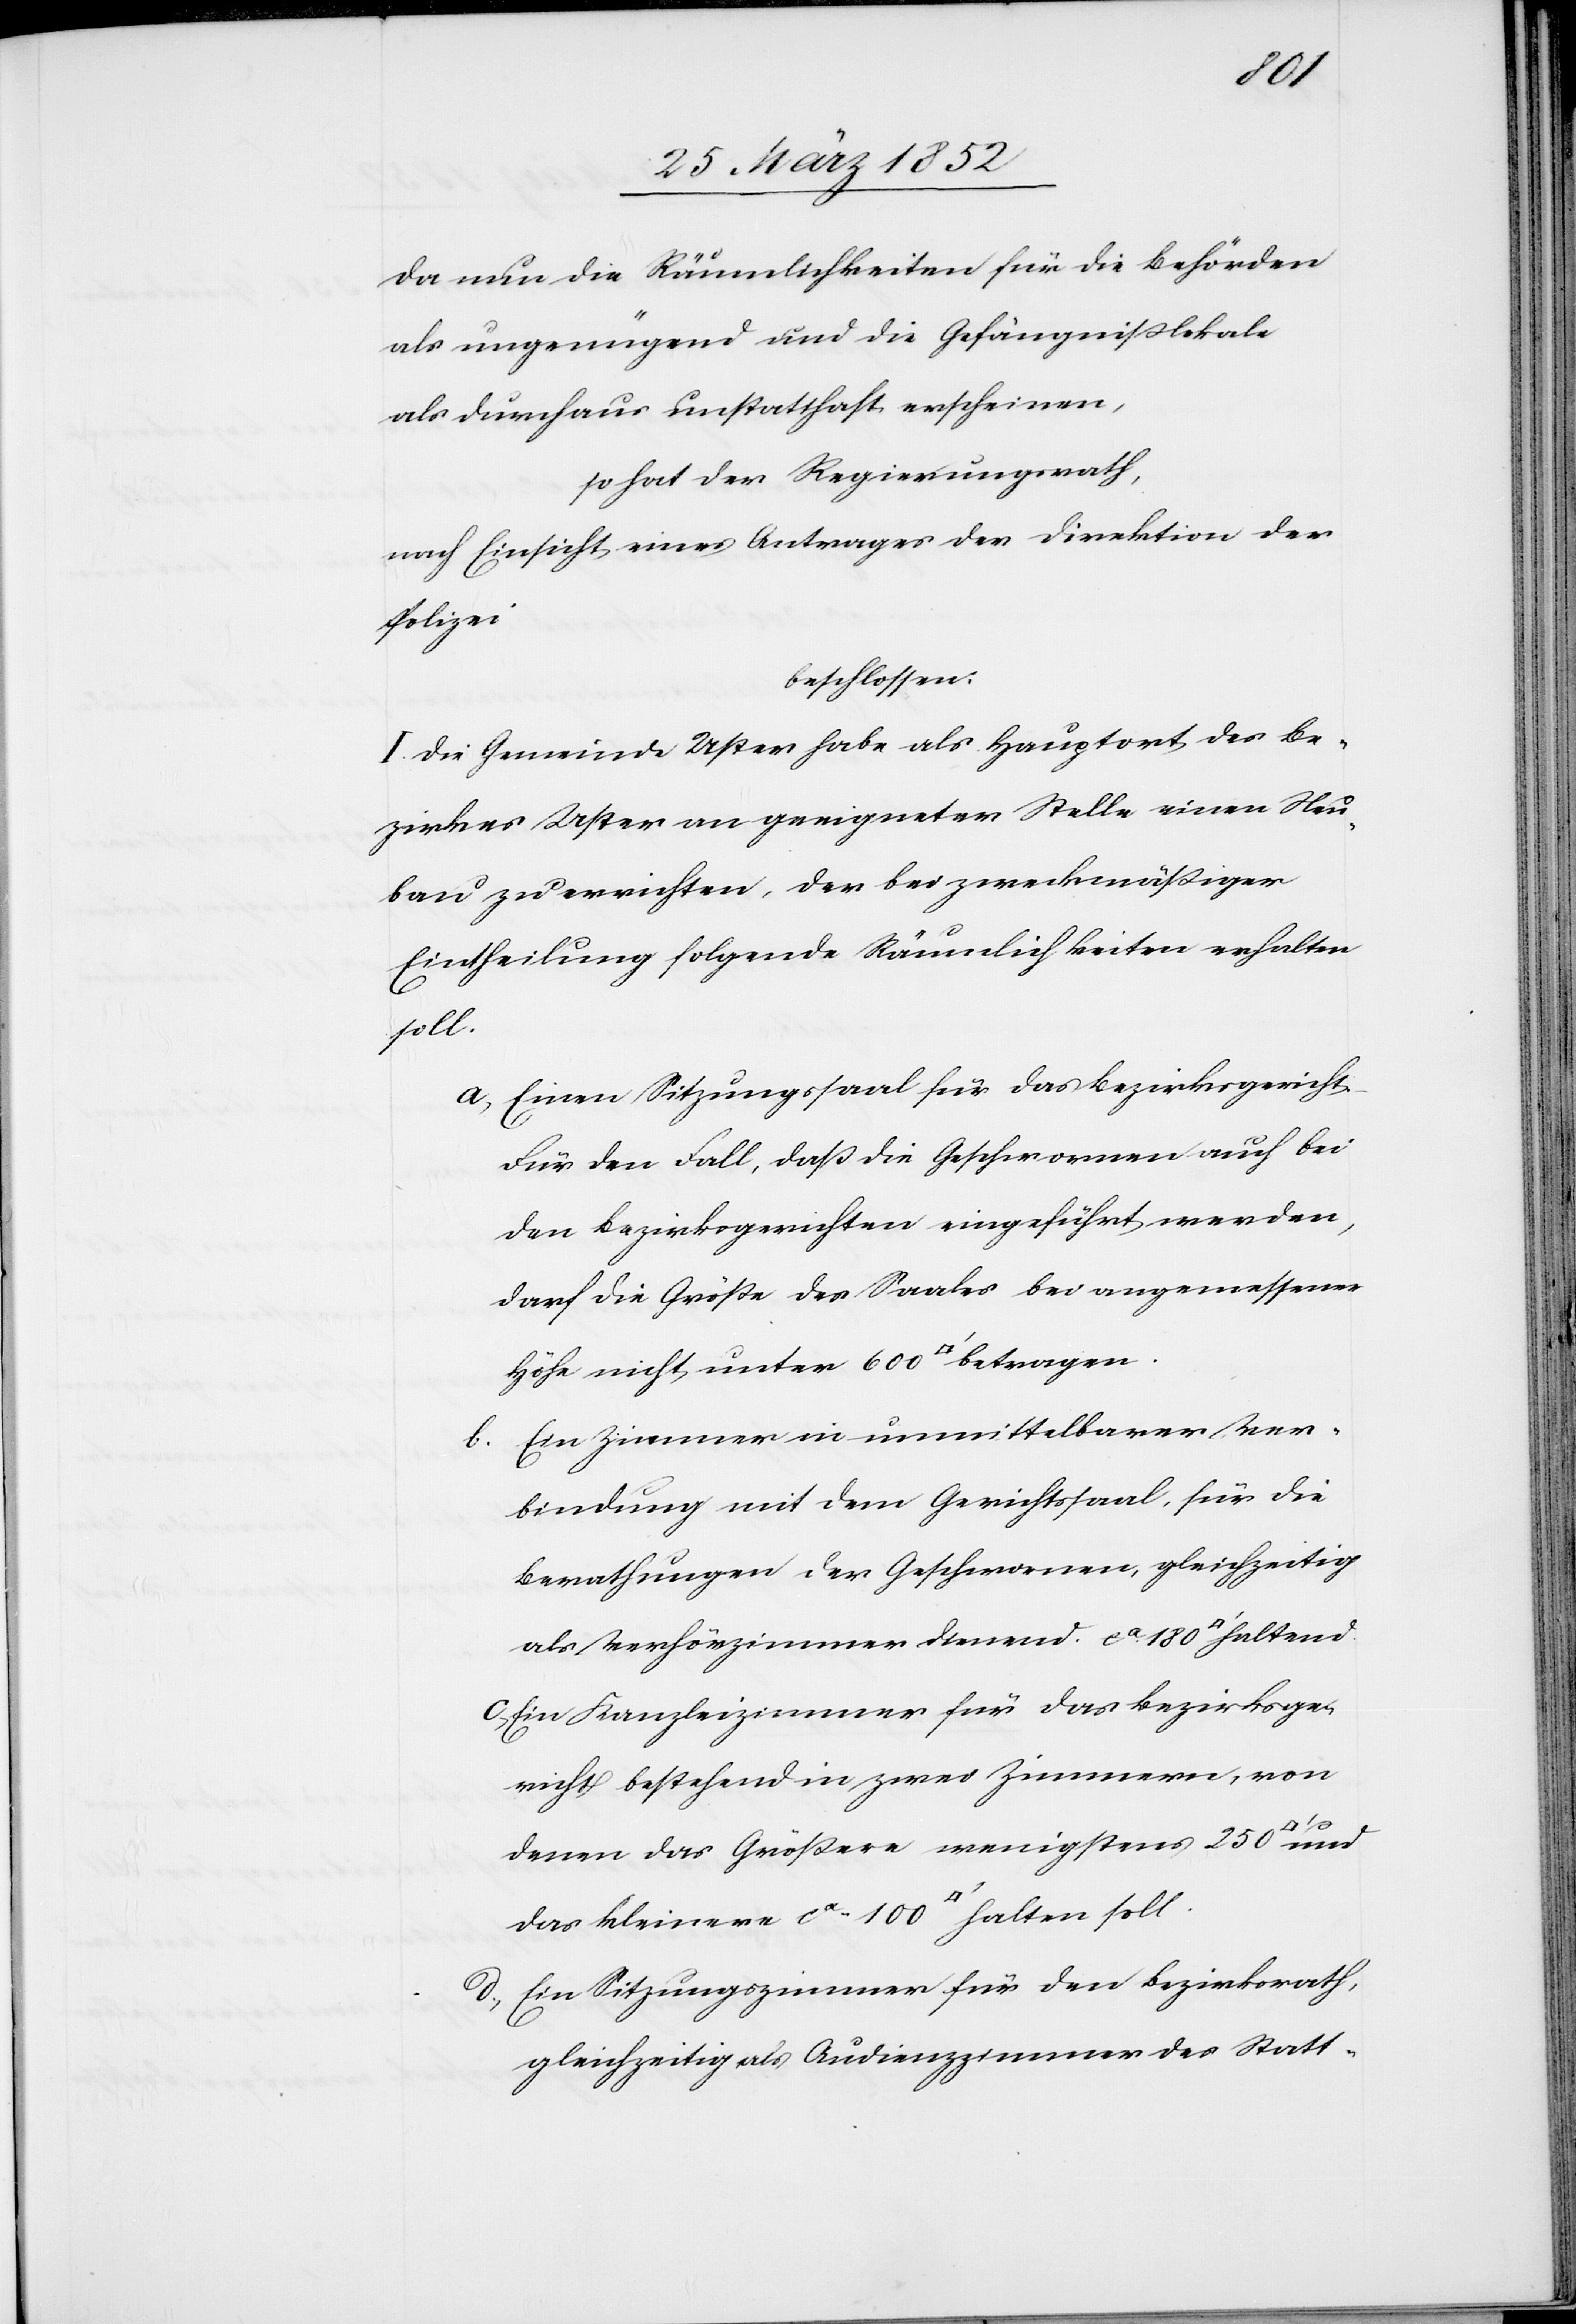
100
Da nun die Räumlichkeiten für die Behörden
als ungenügend und die Gefängnißlokale
als durchaus unstatthaft erscheinen,
so hat der Regierungsrath,
nach Einsicht eines Antrages der Direktion der
Polizei
beschlossen.
I. Die Gemeinde Uster habe als Hauptort des Be¬
zirkes Uster an geeigneter Stelle einen Neu¬
bau zu errichten, der bei zweckmäßiger
Eintheilung folgende Räumlichkeiten erhalten
soll.
Einen Sitzungssaal für das Bezirksgericht.
Für den Fall, daß die Geschwornen auch bei
den Bezirksgerichten eingeführt werden,
darf die Größe des Saales bei angemessener
Ein Zimmer in unmittelbarer Ver¬
bindung mit dem Gerichtssaal, für die
Berathungen der Geschwornen, gleichzeitig
als Verhörzimmer dienend. ca 180 [Quadratfuss]
Ein Kanzleizimmer für das Bezirksge¬
richt bestehend in zwei Zimmern, von
das
denen das Größere wenigstens 250
Ein Sitzungszimmer für den Bezirksrath,
gleichzeitig als Audienzzimmer des Statt-